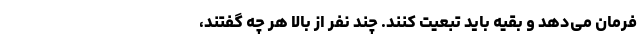
فرمان می‌دهد و بقیه باید تبعیت کنند. چند نفر از بالا هر چه گفتند،